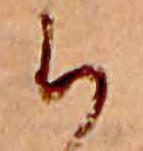
ち